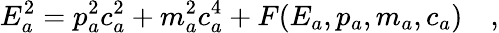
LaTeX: E_{a}^{2}=p_{a}^{2}c_{a}^{2}+m_{a}^{2}c_{a}^{4}+F(E_{a},p_{a},m_{a},c_{a})\quad,